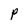
Character: p